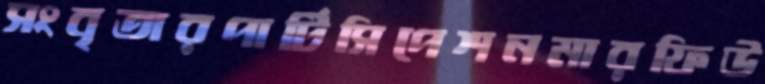
সংবৃতারপার্টিসিপেশনমারফিউ